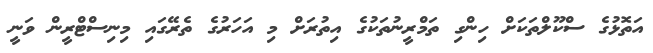
އަތޮޅުގެ ސްކޫލްތަކަށް ހިންގި ތަމްރީނުތަކުގެ އިތުރަށް މި އަހަރުގެ ތެރޭގައި މިނިސްޓްރީން ވަނީ